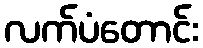
လက်ပံတောင်း